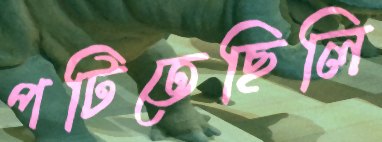
পটিতেছিলি